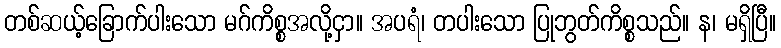
တစ်ဆယ့်ခြောက်ပါးသော မဂ်ကိစ္စအလို့ငှာ။ အပရံ၊ တပါးသော ပြုဘွတ်ကိစ္စသည်။ န၊ မရှိပြီ။